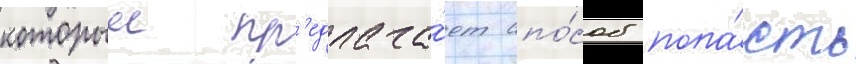
которыи пр'едлага́ет спо́соб попа́сть